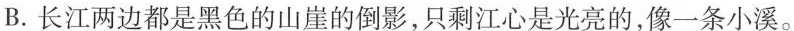
B.长江两边都是黑色的山崖的倒影,只剩江心是光亮的,像一条小溪。